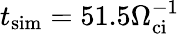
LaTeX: t_{\mathrm{sim}}=51.5\Omega_{\mathrm{ci}}^{-1}